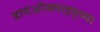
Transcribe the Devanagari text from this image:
डायऑक्साइड्च्या